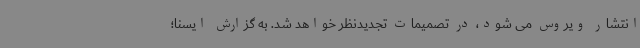
انتشار ویروس می شود، در تصمیمات تجدیدنظر خواهد شد. به گزارش ایسنا؛